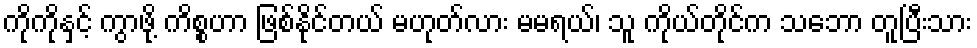
ကိုကိုနှင့် ကွာဖို့ ကိစ္စဟာ ဖြစ်နိုင်တယ် မဟုတ်လား မမရယ်၊ သူ ကိုယ်တိုင်က သဘော တူပြီးသား